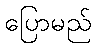
ပြောမည်